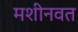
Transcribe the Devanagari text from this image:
मशीनवत